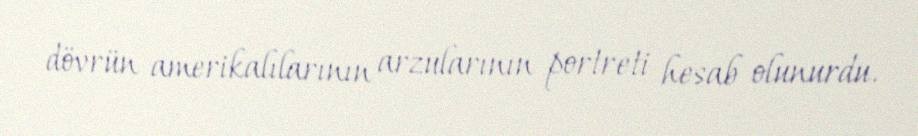
dövrün amerikalılarının arzularının portreti hesab olunurdu.